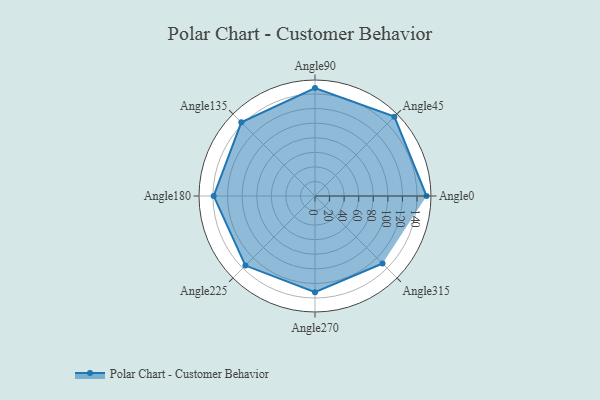
{"axis": {"x": "Angle", "y": "Radius"}, "legend": [""], "data": [{"x": "Angle0", "y": 153.0, "type": ""}, {"x": "Angle45", "y": 154.0, "type": ""}, {"x": "Angle90", "y": 148.0, "type": ""}, {"x": "Angle135", "y": 143.0, "type": ""}, {"x": "Angle180", "y": 139.0, "type": ""}, {"x": "Angle225", "y": 135.0, "type": ""}, {"x": "Angle270", "y": 132.0, "type": ""}, {"x": "Angle315", "y": 131.0, "type": ""}]}